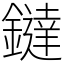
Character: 鐽